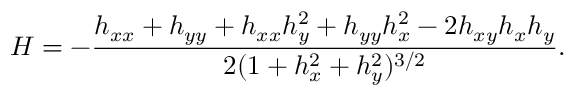
H = - \frac { h _ { x x } + h _ { y y } + h _ { x x } h _ { y } ^ { 2 } + h _ { y y } h _ { x } ^ { 2 } - 2 h _ { x y } h _ { x } h _ { y } } { 2 ( 1 + h _ { x } ^ { 2 } + h _ { y } ^ { 2 } ) ^ { 3 / 2 } } .